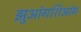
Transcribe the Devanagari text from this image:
झुआंगशिआंग